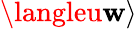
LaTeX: \langleu\mathbf{w}\rangle